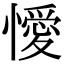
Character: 懓